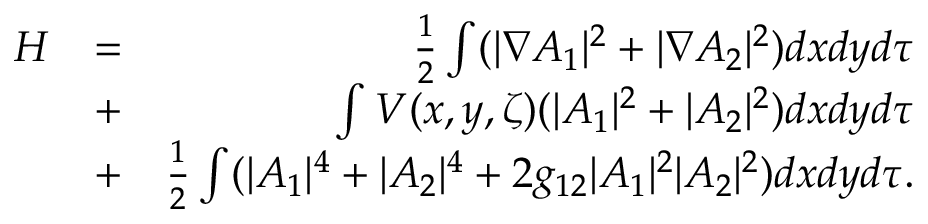
\begin{array} { r l r } { { \cal H } } & { = } & { \frac { 1 } { 2 } \int ( | \nabla A _ { 1 } | ^ { 2 } + | \nabla A _ { 2 } | ^ { 2 } ) d x d y d \tau } \\ & { + } & { \int V ( x , y , \zeta ) ( | A _ { 1 } | ^ { 2 } + | A _ { 2 } | ^ { 2 } ) d x d y d \tau } \\ & { + } & { \frac { 1 } { 2 } \int ( | A _ { 1 } | ^ { 4 } + | A _ { 2 } | ^ { 4 } + 2 g _ { 1 2 } | A _ { 1 } | ^ { 2 } | A _ { 2 } | ^ { 2 } ) d x d y d \tau . } \end{array}